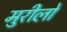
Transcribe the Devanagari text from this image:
मुरीलो